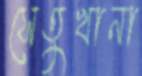
সেতুখানা